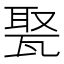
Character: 𤭡